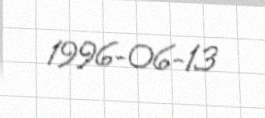
1996-06-13